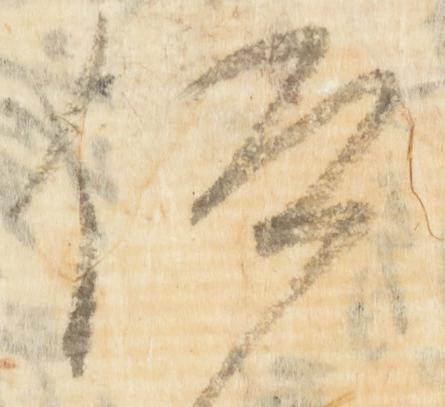
仰